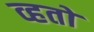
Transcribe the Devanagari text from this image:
व्हतो